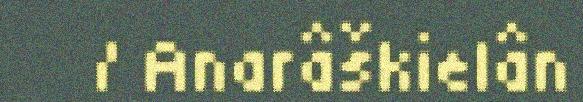
/ Anarâškielân